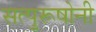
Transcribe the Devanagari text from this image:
सत्पुरूषोनी